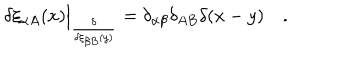
LaTeX: \delta \xi _ { \alpha A } ( x ) \Big | _ { \frac { \delta } { \delta \xi _ { \beta B } ( y ) } } = \delta _ { \alpha \beta } \delta _ { A B } \delta ( x - y ) \quad .